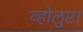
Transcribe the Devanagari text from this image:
व्होलुप्टा